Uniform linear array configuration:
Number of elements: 32
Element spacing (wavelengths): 1
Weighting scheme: exponential
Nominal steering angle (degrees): -60
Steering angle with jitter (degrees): -58.374
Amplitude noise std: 0.05
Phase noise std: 0.05

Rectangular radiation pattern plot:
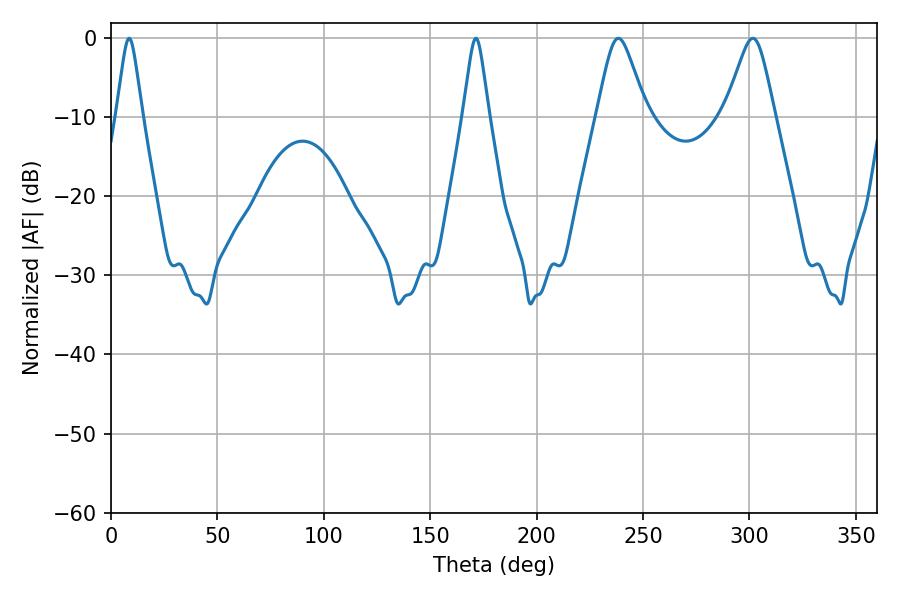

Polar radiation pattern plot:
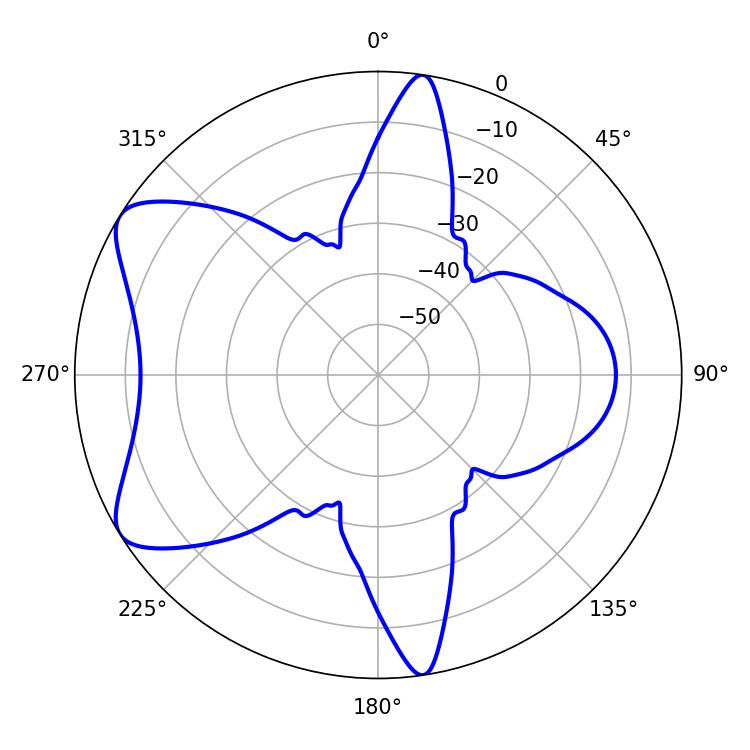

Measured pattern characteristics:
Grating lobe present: TRUE
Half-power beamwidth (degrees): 11.16
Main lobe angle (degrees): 238.32